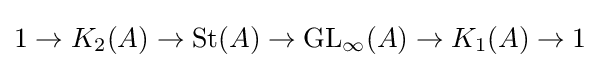
1\to {K_{2}}(A)\to \operatorname {St} (A)\to {\operatorname {GL} _{\infty }}(A)\to {K_{1}}(A)\to 1